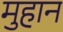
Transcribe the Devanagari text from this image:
मुहान